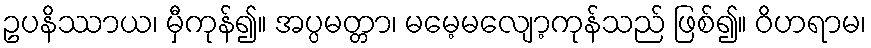
ဥပနိဿာယ၊ မှီကုန်၍။ အပ္ပမတ္တာ၊ မမေ့မလျော့ကုန်သည် ဖြစ်၍။ ဝိဟရာမ၊